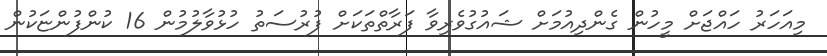
މިއަހަރު ހައްޖަށް މީހުން ގެންދިއުމަށް ޝައުގުވެރިވާ ފަރާތްތަކަށް ފުރުސަތު ހުޅުވާލުމުން 16 ކުންފުންޏަކުން